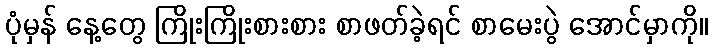
ပုံမှန် နေ့တွေ ကြိုးကြိုးစားစား စာဖတ်ခဲ့ရင် စာမေးပွဲ အောင်မှာကို။